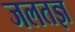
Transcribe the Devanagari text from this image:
जलतज्ञ